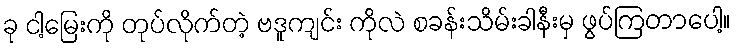
ခု ငါ့မြေးကို တုပ်လိုက်တဲ့ ဗဒူကျင်း ကိုလဲ စခန်းသိမ်းခါနီးမှ ဖွပ်ကြတာပေါ့။